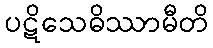
ပဋိသေဓိဿာမီတိ